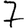
Digit: 7